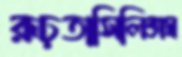
রূঢ়তাসিলিক্সস্ব